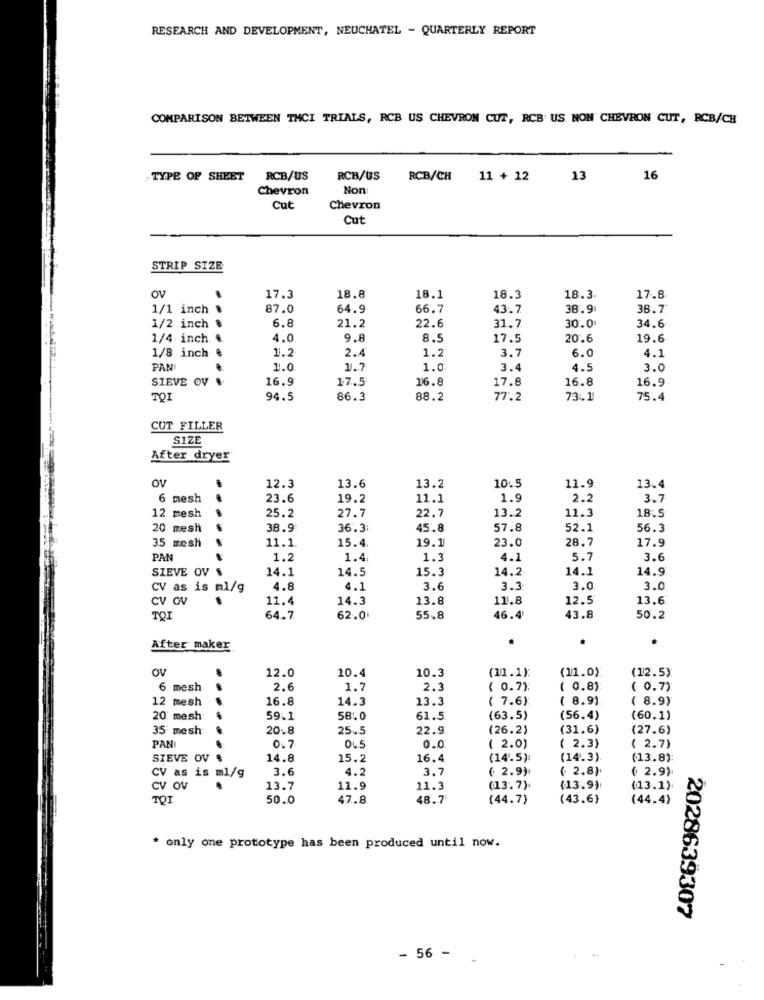
RESEARCH AND DEVELOPMENT, NEUCHATEL - QUARTERLY REPORT
COMPARISON BETWEEN THCI TRIALS, RCB US CHEVRON CUT, RCB: US NON CHEVRON CUT, RCB/CH
TYPE OF SHEET
RCB/US
RCB/US RCB/CH 11 + 12
13
16
Chevron
Non:
Cut
Chevron
Cut
STRIP SIZE
OV
17.3
18.8
18.1
18.3
18.3
17.8
1/1 inch
87.0
64.9
66.7
43.7
38.9
38.7
6.8
1/2 inch &
21.2
22.6
31.7
30.0
34.6
1/4 inch. ..
4.0
9.8
8.5
17.5
20.6
19.6
1/8 inch #
1.2
2.4
1.2
3.7
6.0
4.1
PAN:
1.0
1.7
1.0
3.4
4.5
3.0
SIEVE OV &
16.9
17.5
16.8
17.8
16.8
16.9
TOI
94.5
86.3
88.2
77.2
73.1
75.4
CUT FILLER
SIZE
After dryer
OV
12.3
13.6
13.2
10.5
11.9
13.4
6 mesh
23.6
19.2
11.1
1.9
2.2
3.7
22.7
11.3
18.5
12 mesh
25.2
27.7
13.2
20 mesh
38.9
36.3:
45.8
57.8
52.1
56.3
15.4
23.0
28.7
17.9
35 mesh
11.1
19.1
PAN
1.2
1.4
1.3
4.1
5.7
3.6
SIEVE OV S
14.1
14.5
15.3
14.2
14.1
14.9
CV as is ml/g
4.8
4.1
3.6
3.3
3.0
3.0
CV OV
11.4
14.3
13.8
11.8
12.5
13.6
TOI
64.7.
62.0
55.8
46.4
43.8
50.2
After maker
OV
12.0
10.4
10.3
(11.0)
(12.5)
(11.1)
6 mesh
2.6
1.7
2.3
( 0.7):
( 0.8)
( 0.7):
12 mesh
16.8
14.3
13.3
( 7.6)
( 8.9)
( 8.9)
20 mesh
59.1
58.0
61.5
(63.5)
(56.4)
(60.1)
35 mesh
20.8
25.5
22.9
(26.2)
(31.6)
(27.6)
( 2.3)
PANI
0. 7
065
0.0
( 2.0)
( 2.7)
SIEVE OV &
14.8
15.2
16.4
(14.5):
(14.3)
(13.8)
3.6
4.2
3.7
( 2.9)
( 2.8)
( 2.9)
CV as is ml/g
CV OV
.
13.7
11.9
11.3
(13.7).
(13.9)
(13.1)
TOI
50.0
47.8
48.7
(44.7)
(43.6)
(44.4)
* only one prototype has been produced until now.
2028639307
- 56 -